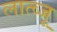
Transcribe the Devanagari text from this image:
लात्व्जू